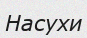
Насухи